Vaccine operations Central Provinces & Berar 1922-1929 - 1922-1929
Year: 1922
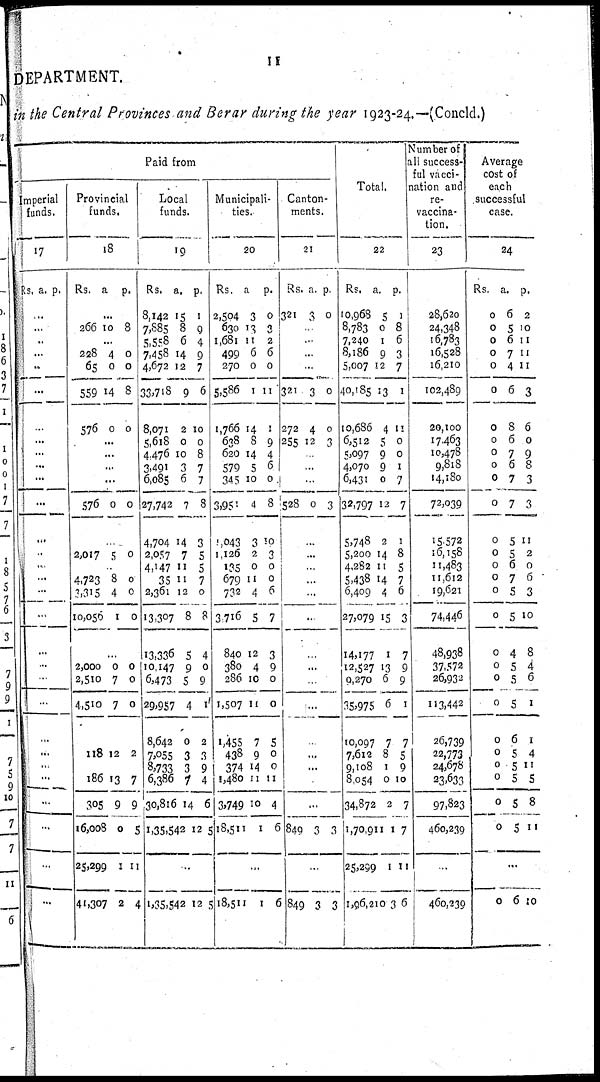
11
DEPARTMENT.
in the Central Provinces and Berar during the year 1923-24.—(Concld.)
Paid from
Imperial
funds.
17
Rs. a. p.
...
...
...
...
...
...
...
...
...
...
...
...
...
...
...
...
...
...
...
...
...
...
...
...
...
...
...
...
...
...
Provincial
funds.
18
Rs.
a.
p.
...
266 10 8
...
228
65
559
576
4
0
14
0
0
0
8
0
...
...
...
...
576 0 0
...
2,017 5 0
...
4,723
3,315
10,056
8
4
1
0
0
0
...
2,000
2,510
4,510
0
7
7
0
0
0
...
118 12 2
...
186
305
l6,008
25,299
41,307
13
9
0
1
2
7
9
5
11
4
Local
funds.
19
Rs.
8,142
7,885
5,558
7,458
4,672
33,718
8,071
5,618
4,476
3,491
6,085
27,742
4,704
2,057
4,147
35
2,361
13,307
13,336
10,147
6,473
29,957
8,642
7,055
8,733
6,386
30,816
1,35,542
a.
15
8
6
14
12
9
2
0
10
3
6
7
14
7
11
11
12
8
5
9
5
4
0
3
3
7
14
12
p.
1
9
4
9
7
6
10
0
8
7
7
8
3
5
5
7
0
8
4
0
9
1
2
3
9
4
6
5
...
1,35,542 12 5
Municipali-
ties.
20
Rs.
2,504
630
1,681
499
270
5,586
1,766
638
620
579
345
3,951
1,043
1,126
135
679
732
3,716
840
380
286
1,507
1,455
438
374
1,480
3,749
18,511
a.
3
13
11
6
0
1
14
8
14
5
10
4
3
2
0
11
4
5
12
4
10
11
7
9
14
11
10
1
p.
0
3
2
6
0
11
1
9
4
6
0
8
10
3
0
0
6
7
3
9
0
0
5
0
0
11
4
6
...
18,511 1 6
Canton-
ments.
21
Rs.
321
a.
3
p.
0
...
...
...
...
321
272
255
3
4
12
0
0
3
...
...
...
528 0 3
...
...
...
...
...
...
...
...
...
...
...
...
...
...
...
849 3 3
...
849 3 3
Total.
22
Rs.
10,968
8,783
7,240
8,186
5,007
40,185
10,686
6,512
5,097
4,070
6,431
32,797
5,748
5,200
4,282
5,438
6,409
27,079
14,177
12,527
9,270
35,975
10,097
7,612
9,108
8,054
34,872
1,70,911
25,299
1,96,210
a.
5
0
1
9
12
13
4
5
9
9
0
12
2
14
11
14
4
15
1
13
6
6
7
8
1
0
2
1
1
3
p.
1
8
6
3
7
1
11
0
0
1
7
7
1
8
5
7
6
3
7
9
9
1
7
5
9
10
7
7
11
6
Number of
all success-
ful vacci-
nation and
re¬
vaccina-
tion.
23
28,620
24,348
16,783
16,528
16,210
102,489
20,100
17,463
10,478
9,818
14,180
72,039
15,572
16,158
11,483
11,612
19,621
74,446
48,938
37,572
26,932
113,442
26,739
22,773
24,678
23,633
97,823
460,239
...
460,239
Average
cost of
each
successful
case.
24
Rs.
0
0
0
0
0
0
0
0
0
0
0
0
0
0
0
0
0
0
0
0
0
0
0
0
0
0
0
0
a.
6
5
6
7
4
6
8
6
7
6
7
7
5
5
6
7
5
5
4
5
5
5
6
5
5
5
5
5
p.
2
10
11
11
11
3
6
0
9
8
3
3
11
2
0
6
3
10
8
4 6
1
1
4
11
5
8
11
...
0 6 10